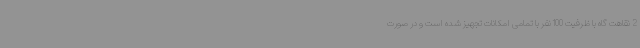
2 نقاهت گاه با ظرفیت 100 نفر با تمامی امکانات تجهیز شده است و در صورت